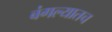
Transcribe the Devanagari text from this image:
बंगल्यातच